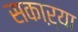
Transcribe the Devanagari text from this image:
सकाऱ्या